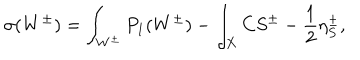
\sigma ( W ^ { \pm } ) = \int _ { W ^ { \pm } } P _ { 1 } ( W ^ { \pm } ) - \int _ { X } C S ^ { \pm } - \frac { 1 } { 2 } \eta _ { S } ^ { \pm } ,